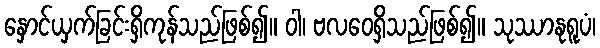
နှောင်ယှက်ခြင်းရှိကုန်သည်ဖြစ်၍။ ဝါ၊ ဗလဝေရှိသည်ဖြစ်၍။ သုဿာနုရူပံ၊